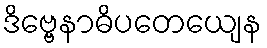
ဒိဗ္ဗေနာဓိပတေယျေန